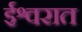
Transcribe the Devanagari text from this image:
ईश्वरात